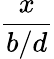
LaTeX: \frac{x}{b/d}